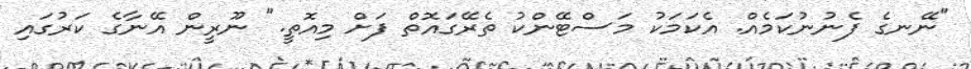
"ނޭނގެ ފެނުނުކަމެއް. އެކަމަކު މަސްޓޭންކު ތެރޭގައޮތް ފަށް މިއޮތީ." ނޫރީން އޭނާގެ ކަރުގައި